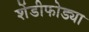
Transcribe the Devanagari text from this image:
शेंडीफोड्या